Civil Veterinary Department. Madras. Admin. report 1926-33 - 1926-1933
Year: 1926
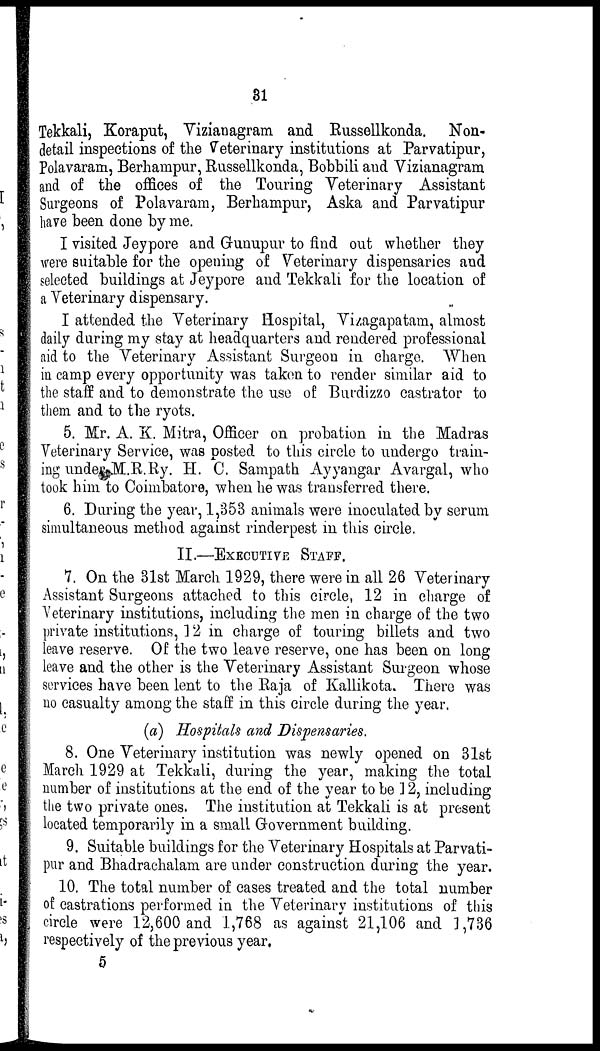
31
Tekkali, Koraput, Vizianagram and Russellkonda. Non-
detail inspections of the Veterinary institutions at Parvatipur,
Polavaram, Berhampur, Russellkonda, Bobbili and Vizianagram
and of the offices of the Touring Veterinary Assistant
Surgeons of Polavaram, Berhampur, Aska and Parvatipur
have been done by me.
I visited Jeypore and Grunupur to find out whether they
were suitable for the opening of Veterinary dispensaries and
selected buildings at Jeypore and Tekkali for the location of
a Veterinary dispensary.
I attended the Veterinary Hospital, Vizagapatam, almost
daily during my stay at headquarters and rendered professional
aid to the Veterinary Assistant Surgeon in charge. When
in camp every opportunity was taken to render similar aid to
the staff and to demonstrate the use of Burdizzo castrator to
them and to the ryots.
5. Mr. A. K. Mitra, Officer on probation in the Madras
Veterinary Service, was posted to this circle to undergo train-
ing under M.R.Ry. H. C. Sampath Ayyangar Avargal, who
took him to Coimbatore, when he was transferred there.
6. During the year, 1,353 animals were inoculated by serum
simultaneous method against rinderpest in this circle.
II.—EXECUTIVE STAFF.
7. On the 31st March 1929, there were in all 26 Veterinary
Assistant Surgeons attached to this circle, 12 in charge of
Veterinary institutions, including the men in charge of the two
private institutions, 12 in charge of touring billets and two
leave reserve. Of the two leave reserve, one has been on long
leave and the other is the Veterinary Assistant Surgeon whose
services have been lent to the Raja of Kallikota. There was
no casualty among the staff in this circle during the year.
(a) Hospitals and Dispensaries.
8. One Veterinary institution was newly opened on 31st
March 1929 at Tekkali, during the year, making the total
number of institutions at the end of the year to be 12, including
the two private ones. The institution at Tekkali is at present
located temporarily in a small Government building.
9. Suitable buildings for the Veterinary Hospitals at Parvati-
pur and Bhadrachalam are under construction during the year.
10. The total number of cases treated and the total number
of castrations performed in the Veterinary institutions of this
circle were 12,600 and 1,768 as against 21,106 and 1,736
respectively of the previous year.
5